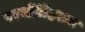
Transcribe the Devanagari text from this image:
परभीतिहराय